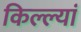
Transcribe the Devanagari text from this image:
किल्ल्यां